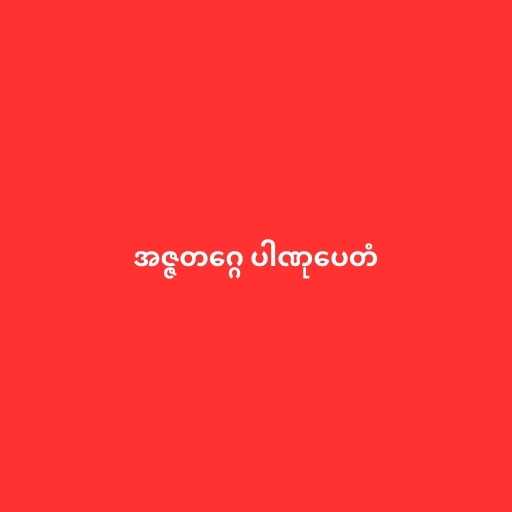
အဇ္ဇတဂ္ဂေ ပါဏုပေတံ